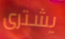
يشترى